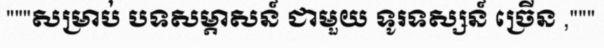
"""សម្រាប់ បទសម្ភាសន៍ ជាមួយ ទូរទស្សន៍ ច្រើន ,"""